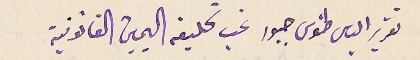
تقرير الياس طنوس جبور غب تحليفه اليمين القانونية